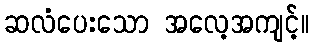
ဆလံပေးသော အလေ့အကျင့်။